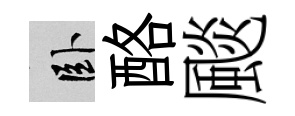
卧酪颷